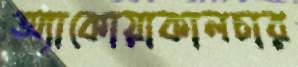
অ্যাকোয়াকালচার